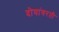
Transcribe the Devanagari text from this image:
दोघांवरती